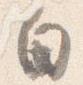
白